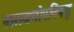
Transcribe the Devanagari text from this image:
नारायणोपनिषद्